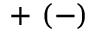
+ \ ( - )